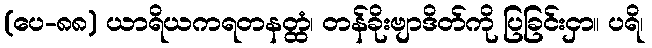
(ပေ-၈၈) ယာရိယကရတနတ္ထံ၊ တန်ခိုးဗျာဒိတ်ကို ပြခြင်းငှာ။ ပရိ၊